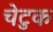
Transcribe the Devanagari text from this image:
चेटुक